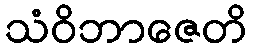
သံဝိဘာဇေတိ